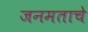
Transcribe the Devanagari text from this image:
जनमताचे